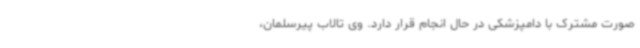
صورت مشترک با دامپزشکی در حال انجام قرار دارد. وی تالاب پیرسلمان،